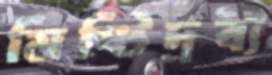
মিষ্টিদ্রব্য